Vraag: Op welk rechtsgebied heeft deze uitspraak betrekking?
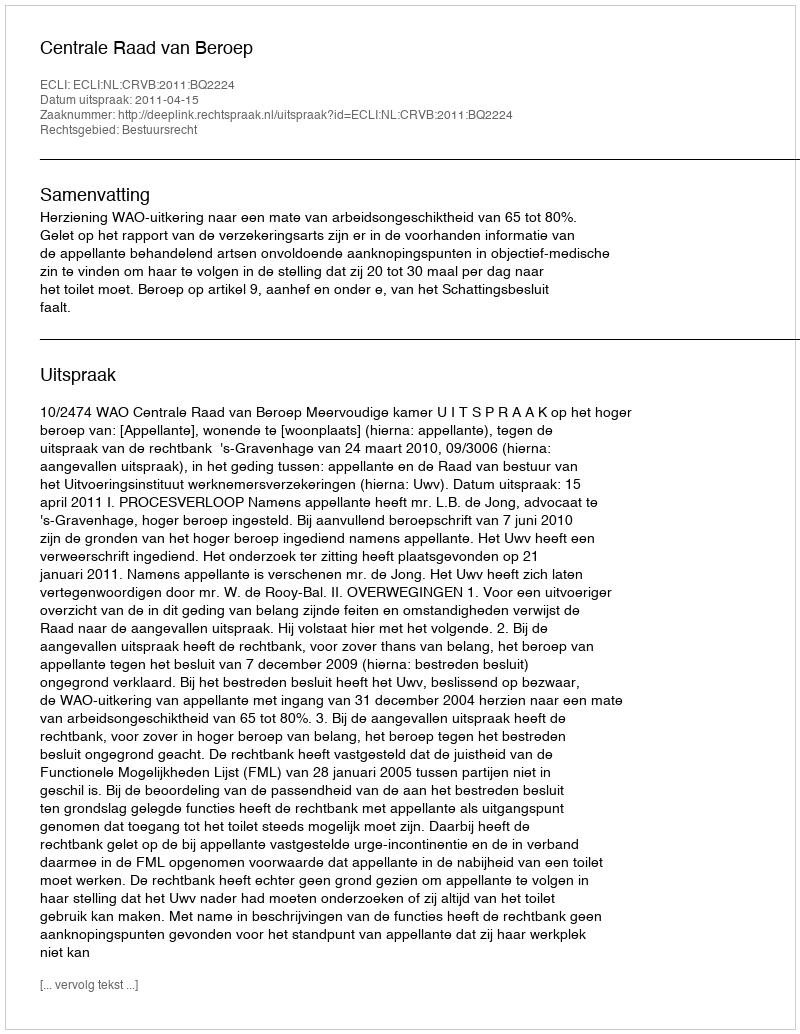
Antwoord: Bestuursrecht